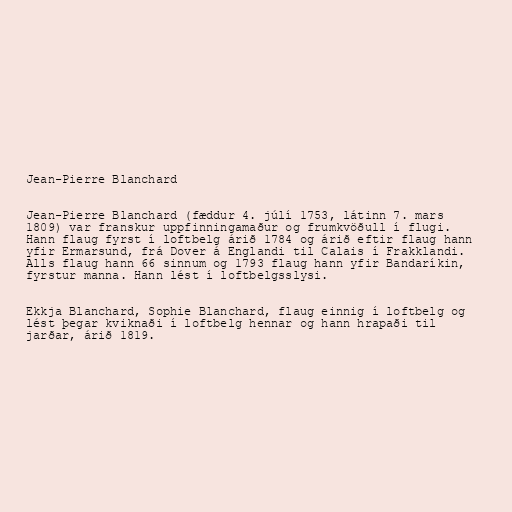
Jean-Pierre Blanchard

Jean-Pierre Blanchard (fæddur 4. júlí 1753, látinn 7. mars
1809) var franskur uppfinningamaður og frumkvöðull í flugi.
Hann flaug fyrst í loftbelg árið 1784 og árið eftir flaug hann
yfir Ermarsund, frá Dover á Englandi til Calais í Frakklandi.
Alls flaug hann 66 sinnum og 1793 flaug hann yfir Bandaríkin,
fyrstur manna. Hann lést í loftbelgsslysi.

Ekkja Blanchard, Sophie Blanchard, flaug einnig í loftbelg og
lést þegar kviknaði í loftbelg hennar og hann hrapaði til
jarðar, árið 1819.